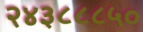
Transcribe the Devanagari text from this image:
२४३८८८५०